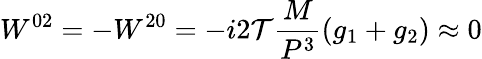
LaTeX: W^{02}=-W^{20}=-i{2\mathcal T}{\frac{M}{P^{3}}}(g_{1}+g_{2})\approx 0